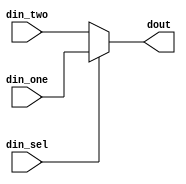
//*******************************FILE HEAD**************************************
//*********************Verilog HDL *********************
// FUNCTION        : if
// AUTHOR          : 
// DATE & REVISION : 
// COMPANY         : Verilog HDL 
// UPDATE          :
//******************************************************************************
`timescale 1ns/1ns

module d_if( 
    input din_sel,
    input din_one,  
    input din_two,  
    
    output reg dout
    
    );    
    

    always @(din_sel, din_one,din_two)
    begin
        if(din_sel)
            dout = din_one;
         else
            dout = din_two;
    end    

        
endmodule
// END OF d_if.v FILE ***************************************************